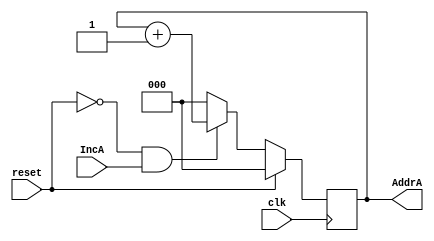
module counterA(input clk,
	        input reset,
		input IncA,
		output reg [2:0] AddrA);

always @(posedge clk)
 begin
  if(reset)
	AddrA<=3'b000;
  else if(reset==0 && IncA==1)
	AddrA<=AddrA+1;
  else
	AddrA<=3'b000;
 end
endmodule